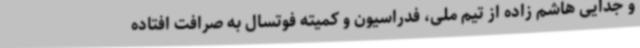
و جدایی هاشم زاده از تیم ملی، فدراسیون و کمیته فوتسال به صرافت افتاده